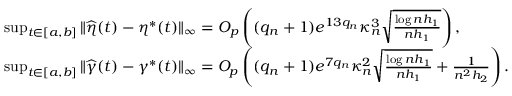
\begin{array} { r l } & { \operatorname* { s u p } _ { t \in [ a , b ] } \| \widehat { \eta } ( t ) - \eta ^ { * } ( t ) \| _ { \infty } = O _ { p } \left( ( q _ { n } + 1 ) e ^ { 1 3 q _ { n } } \kappa _ { n } ^ { 3 } \sqrt { \frac { \log n h _ { 1 } } { n h _ { 1 } } } \right) , } \\ & { \operatorname* { s u p } _ { t \in [ a , b ] } \| \widehat { \gamma } ( t ) - \gamma ^ { * } ( t ) \| _ { \infty } = O _ { p } \left( ( q _ { n } + 1 ) e ^ { 7 q _ { n } } \kappa _ { n } ^ { 2 } \sqrt { \frac { \log n h _ { 1 } } { n h _ { 1 } } } + \frac { 1 } { n ^ { 2 } h _ { 2 } } \right) . } \end{array}